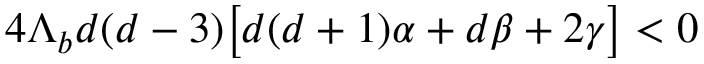
4 \Lambda _ { b } d ( d - 3 ) \big [ d ( d + 1 ) \alpha + d \beta + 2 \gamma \big ] < 0